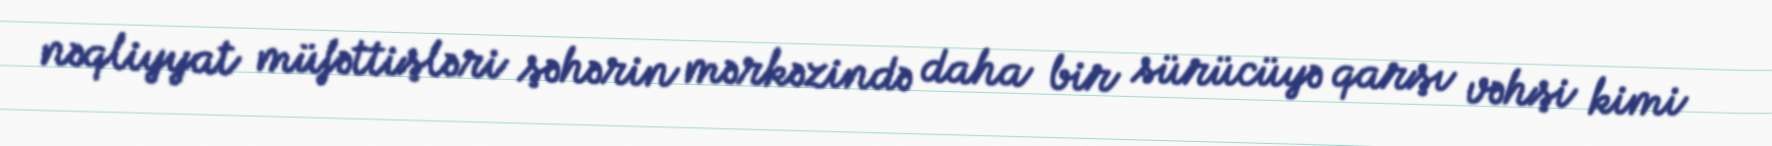
nəqliyyat müfəttişləri şəhərin mərkəzində daha bir sürücüyə qarşı vəhşi kimi